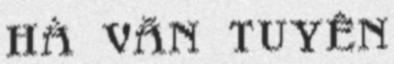
hà văn tuyên